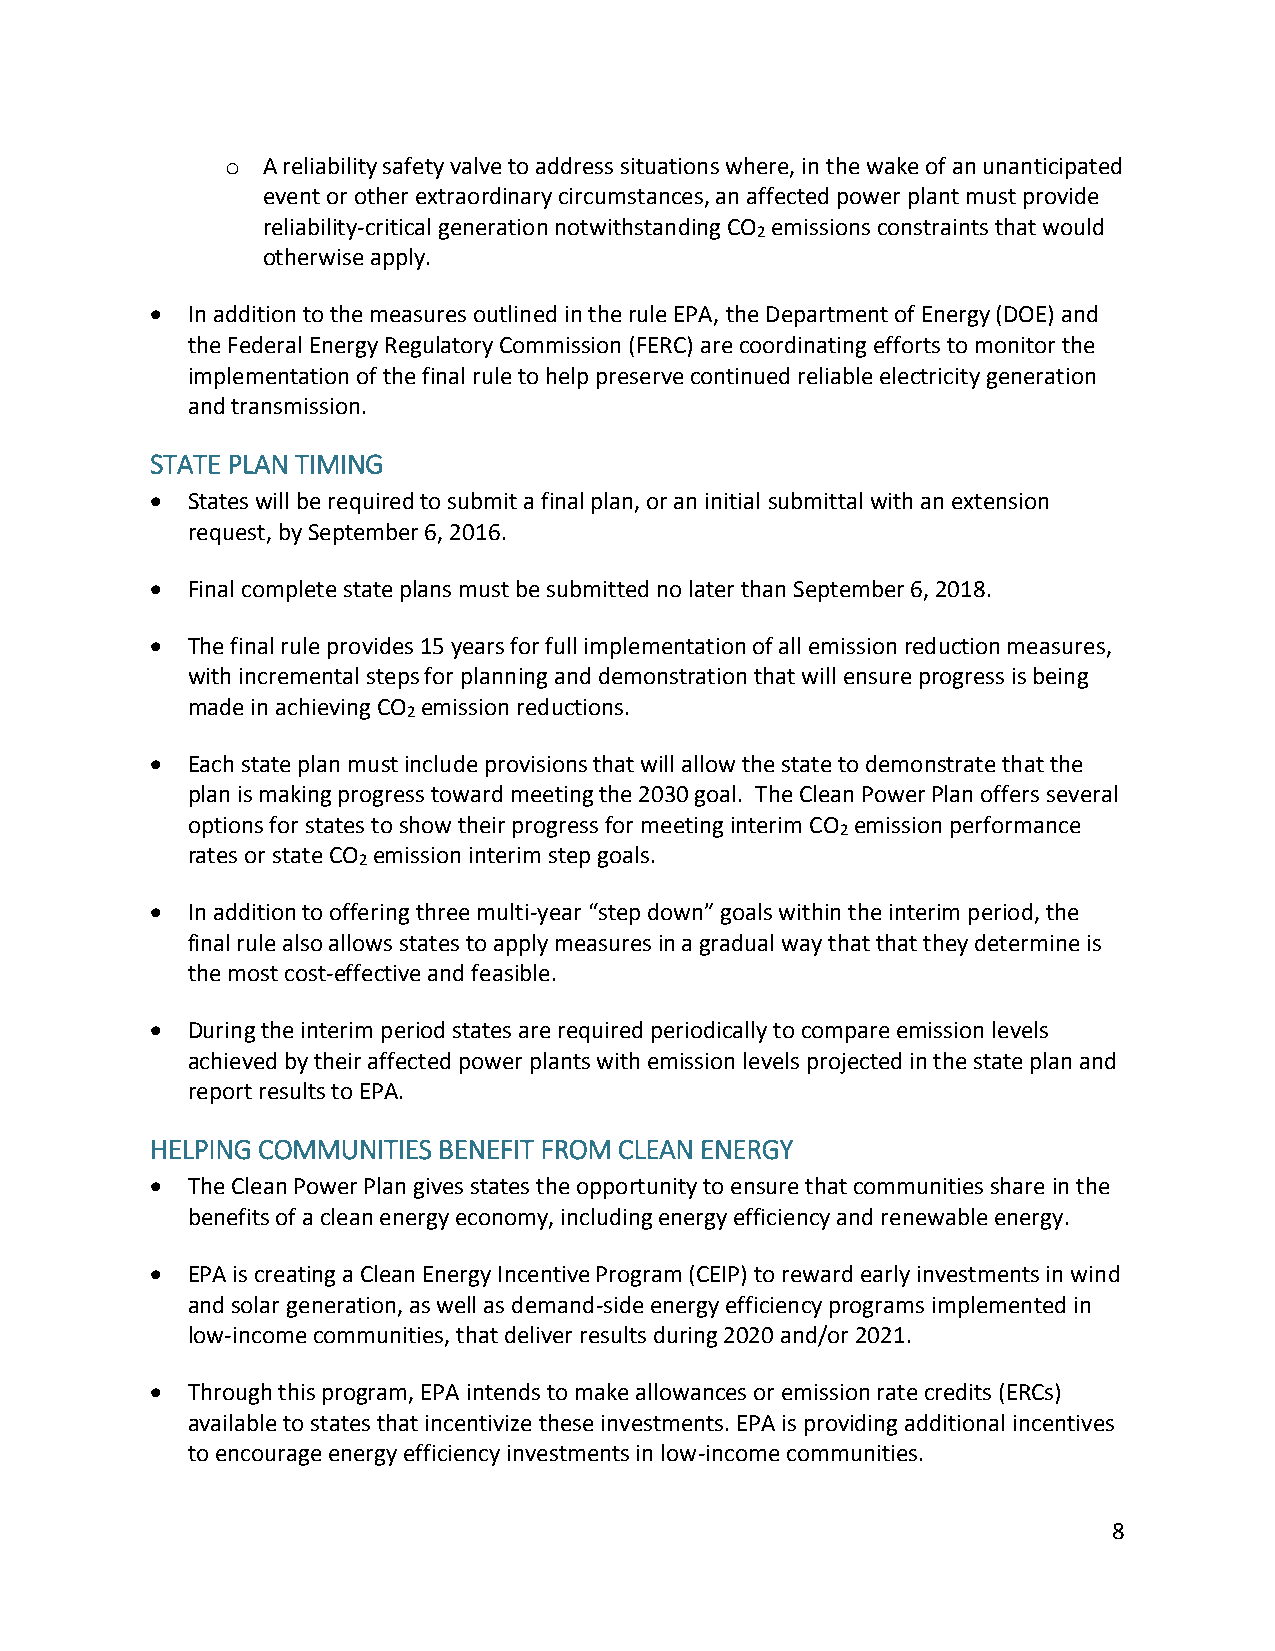
o A reliability safety valve to address situations where, in the wake of an unanticipated
 event or other extraordinary circumstances, an affected power plant must provide
 reliability-critical generation notwithstanding CO emissions constraints that would
 2
 otherwise apply.
  In addition to the measures outlined in the rule EPA, the Department of Energy (DOE) and
 the Federal Energy Regulatory Commission (FERC) are coordinating efforts to monitor the
 implementation of the final rule to help preserve continued reliable electricity generation
 and transmission.
 STATE PLAN TIMING
  States will be required to submit a final plan, or an initial submittal with an extension
 request, by September 6, 2016.
  Final complete state plans must be submitted no later than September 6, 2018.
  The final rule provides 15 years for full implementation of all emission reduction measures,
 with incremental steps for planning and demonstration that will ensure progress is being
 made in achieving CO emission reductions.
 2
  Each state plan must include provisions that will allow the state to demonstrate that the
 plan is making progress toward meeting the 2030 goal. The Clean Power Plan offers several
 options for states to show their progress for meeting interim CO emission performance
 2
 rates or state CO emission interim step goals.
 2
  In addition to offering three multi-year “step down” goals within the interim period, the
 final rule also allows states to apply measures in a gradual way that that they determine is
 the most cost-effective and feasible.
  During the interim period states are required periodically to compare emission levels
 achieved by their affected power plants with emission levels projected in the state plan and
 report results to EPA.
 HELPING COMMUNITIES BENEFIT FROM CLEAN ENERGY
  The Clean Power Plan gives states the opportunity to ensure that communities share in the
 benefits of a clean energy economy, including energy efficiency and renewable energy.
  EPA is creating a Clean Energy Incentive Program (CEIP) to reward early investments in wind
 and solar generation, as well as demand-side energy efficiency programs implemented in
 low-income communities, that deliver results during 2020 and/or 2021.
  Through this program, EPA intends to make allowances or emission rate credits (ERCs)
 available to states that incentivize these investments. EPA is providing additional incentives
 to encourage energy efficiency investments in low-income communities.
 8